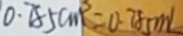
0 . 7 8 5 c m ^ { 3 } = 0 . 7 8 m L